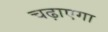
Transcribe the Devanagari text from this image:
चढ़ाएगा